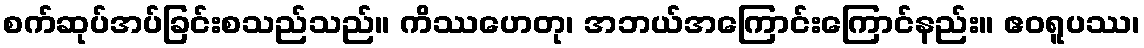
စက်ဆုပ်အပ်ခြင်းစသည်သည်။ ကိဿဟေတု၊ အဘယ်အကြောင်းကြောင်နည်း။ ဧဝရူပဿ၊